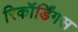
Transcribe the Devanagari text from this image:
रिकॉर्डिंगस